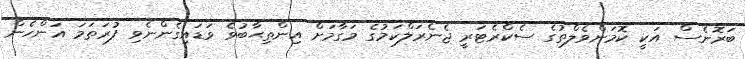
ބަރޮނެސް އަކީ ކޮމަންވެލްތުގެ ސެކްރެޓަރީ ޖެނެރަލްކަމުގެ މަގާމަށް އިންތިޙާބުވެ ވަޑައިގެންނެވި ފުރަތަމަ އަންހެން